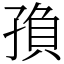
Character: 𡥼